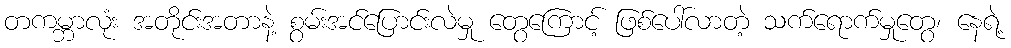
တကမ္ဘာလုံး အတိုင်းအတာနဲ့ စွမ်းအင်ပြောင်းလဲမှု တွေကြောင့် ဖြစ်ပေါ်လာတဲ့ သက်ရောက်မှုတွေ၊ နေရဲ့